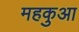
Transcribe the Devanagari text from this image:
महकुआ